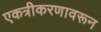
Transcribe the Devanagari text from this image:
एकत्रीकरणावरून